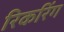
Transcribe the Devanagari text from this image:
रिकरिंग